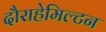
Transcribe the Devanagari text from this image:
दौराहेमिल्टन